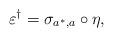
LaTeX: \begin{align*} \varepsilon^\dagger=\sigma_{a^\ast,a}\circ\eta,\end{align*}